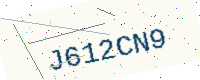
Text: J612CN9